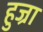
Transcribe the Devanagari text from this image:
हुज्रा